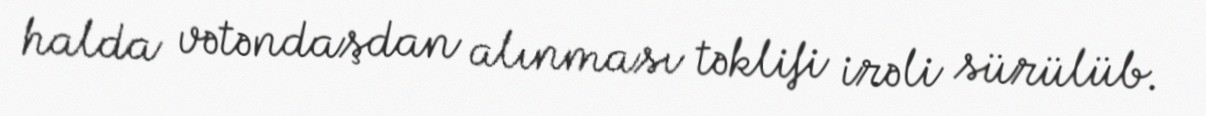
halda vətəndaşdan alınması təklifi irəli sürülüb.